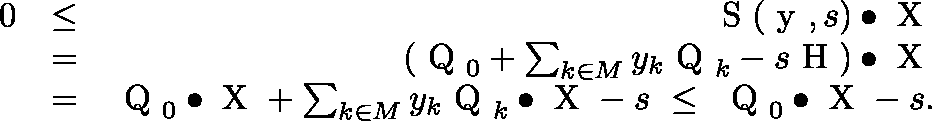
\begin{array} { r l r } { 0 } & { \leq } & { \mathrm { \boldmath ~ S ~ } ( \mathrm { \boldmath ~ y ~ } , s ) \bullet \mathrm { \boldmath ~ X ~ } } \\ & { = } & { ( \mathrm { \boldmath ~ Q ~ } _ { 0 } + \sum _ { k \in M } y _ { k } \mathrm { \boldmath ~ Q ~ } _ { k } - s \mathrm { \boldmath ~ H ~ } ) \bullet \mathrm { \boldmath ~ X ~ } } \\ & { = } & { \mathrm { \boldmath ~ Q ~ } _ { 0 } \bullet \mathrm { \boldmath ~ X ~ } + \sum _ { k \in M } y _ { k } \mathrm { \boldmath ~ Q ~ } _ { k } \bullet \mathrm { \boldmath ~ X ~ } - s \ \leq \ \mathrm { \boldmath ~ Q ~ } _ { 0 } \bullet \mathrm { \boldmath ~ X ~ } - s . } \end{array}